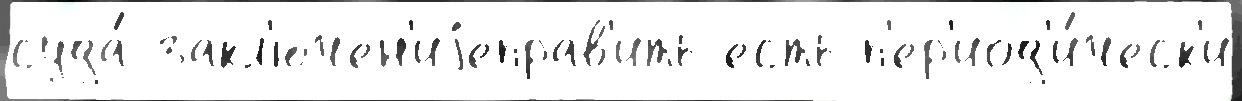
суда́ закл'ючен'иjеправ'ить есть п'ер'иод'и́ческ'и